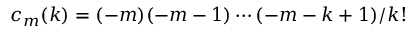
c _ { m } ( k ) = ( - m ) ( - m - 1 ) \cdots ( - m - k + 1 ) / k !